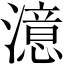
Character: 澺